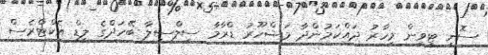
ސޮނީ ޓީވީން މިހާރު ދައްކަމުންދާ މަޝްހޫރު ޑްރާމާ ސިލްސިލާ ބޭހަދްގެ ލީޑް އެކްޓްރެސް